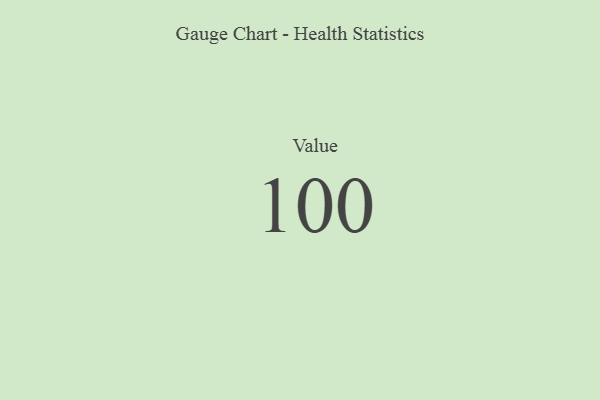
{"axis": {"x": "Metric", "y": "Value"}, "legend": [""], "data": [{"x": "Value", "y": 100, "type": ""}]}